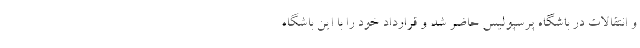
و انتقالات در باشگاه پرسپولیس حاضر شد و قرارداد خود را با این باشگاه